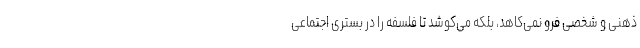
ذهنی و شخصی فرو نمی‌کاهد، بلکه می‌کوشد تا فلسفه را در بستری اجتماعی